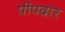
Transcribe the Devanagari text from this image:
पीपदार